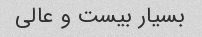
بسیار بیست و عالی